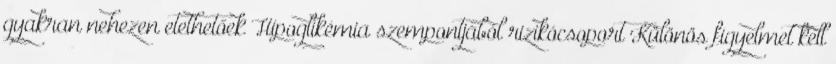
gyakran nehezen etethetőek Hipoglikémia szempontjából rizikócsoport Különös figyelmet kell